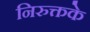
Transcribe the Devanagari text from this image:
निरुक्तके